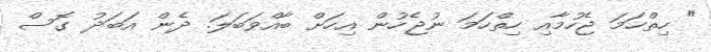
" ހިތްހަމަ ޖެހުމާއި ހިތްހަމަ ނުޖެހުން އިހަށް ބާއްވަބަލަ. ދެން އަބަދު ގޮސް